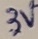
Text: 3V